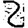
Digit: 2